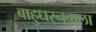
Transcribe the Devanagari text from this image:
बाहुधरनवाला